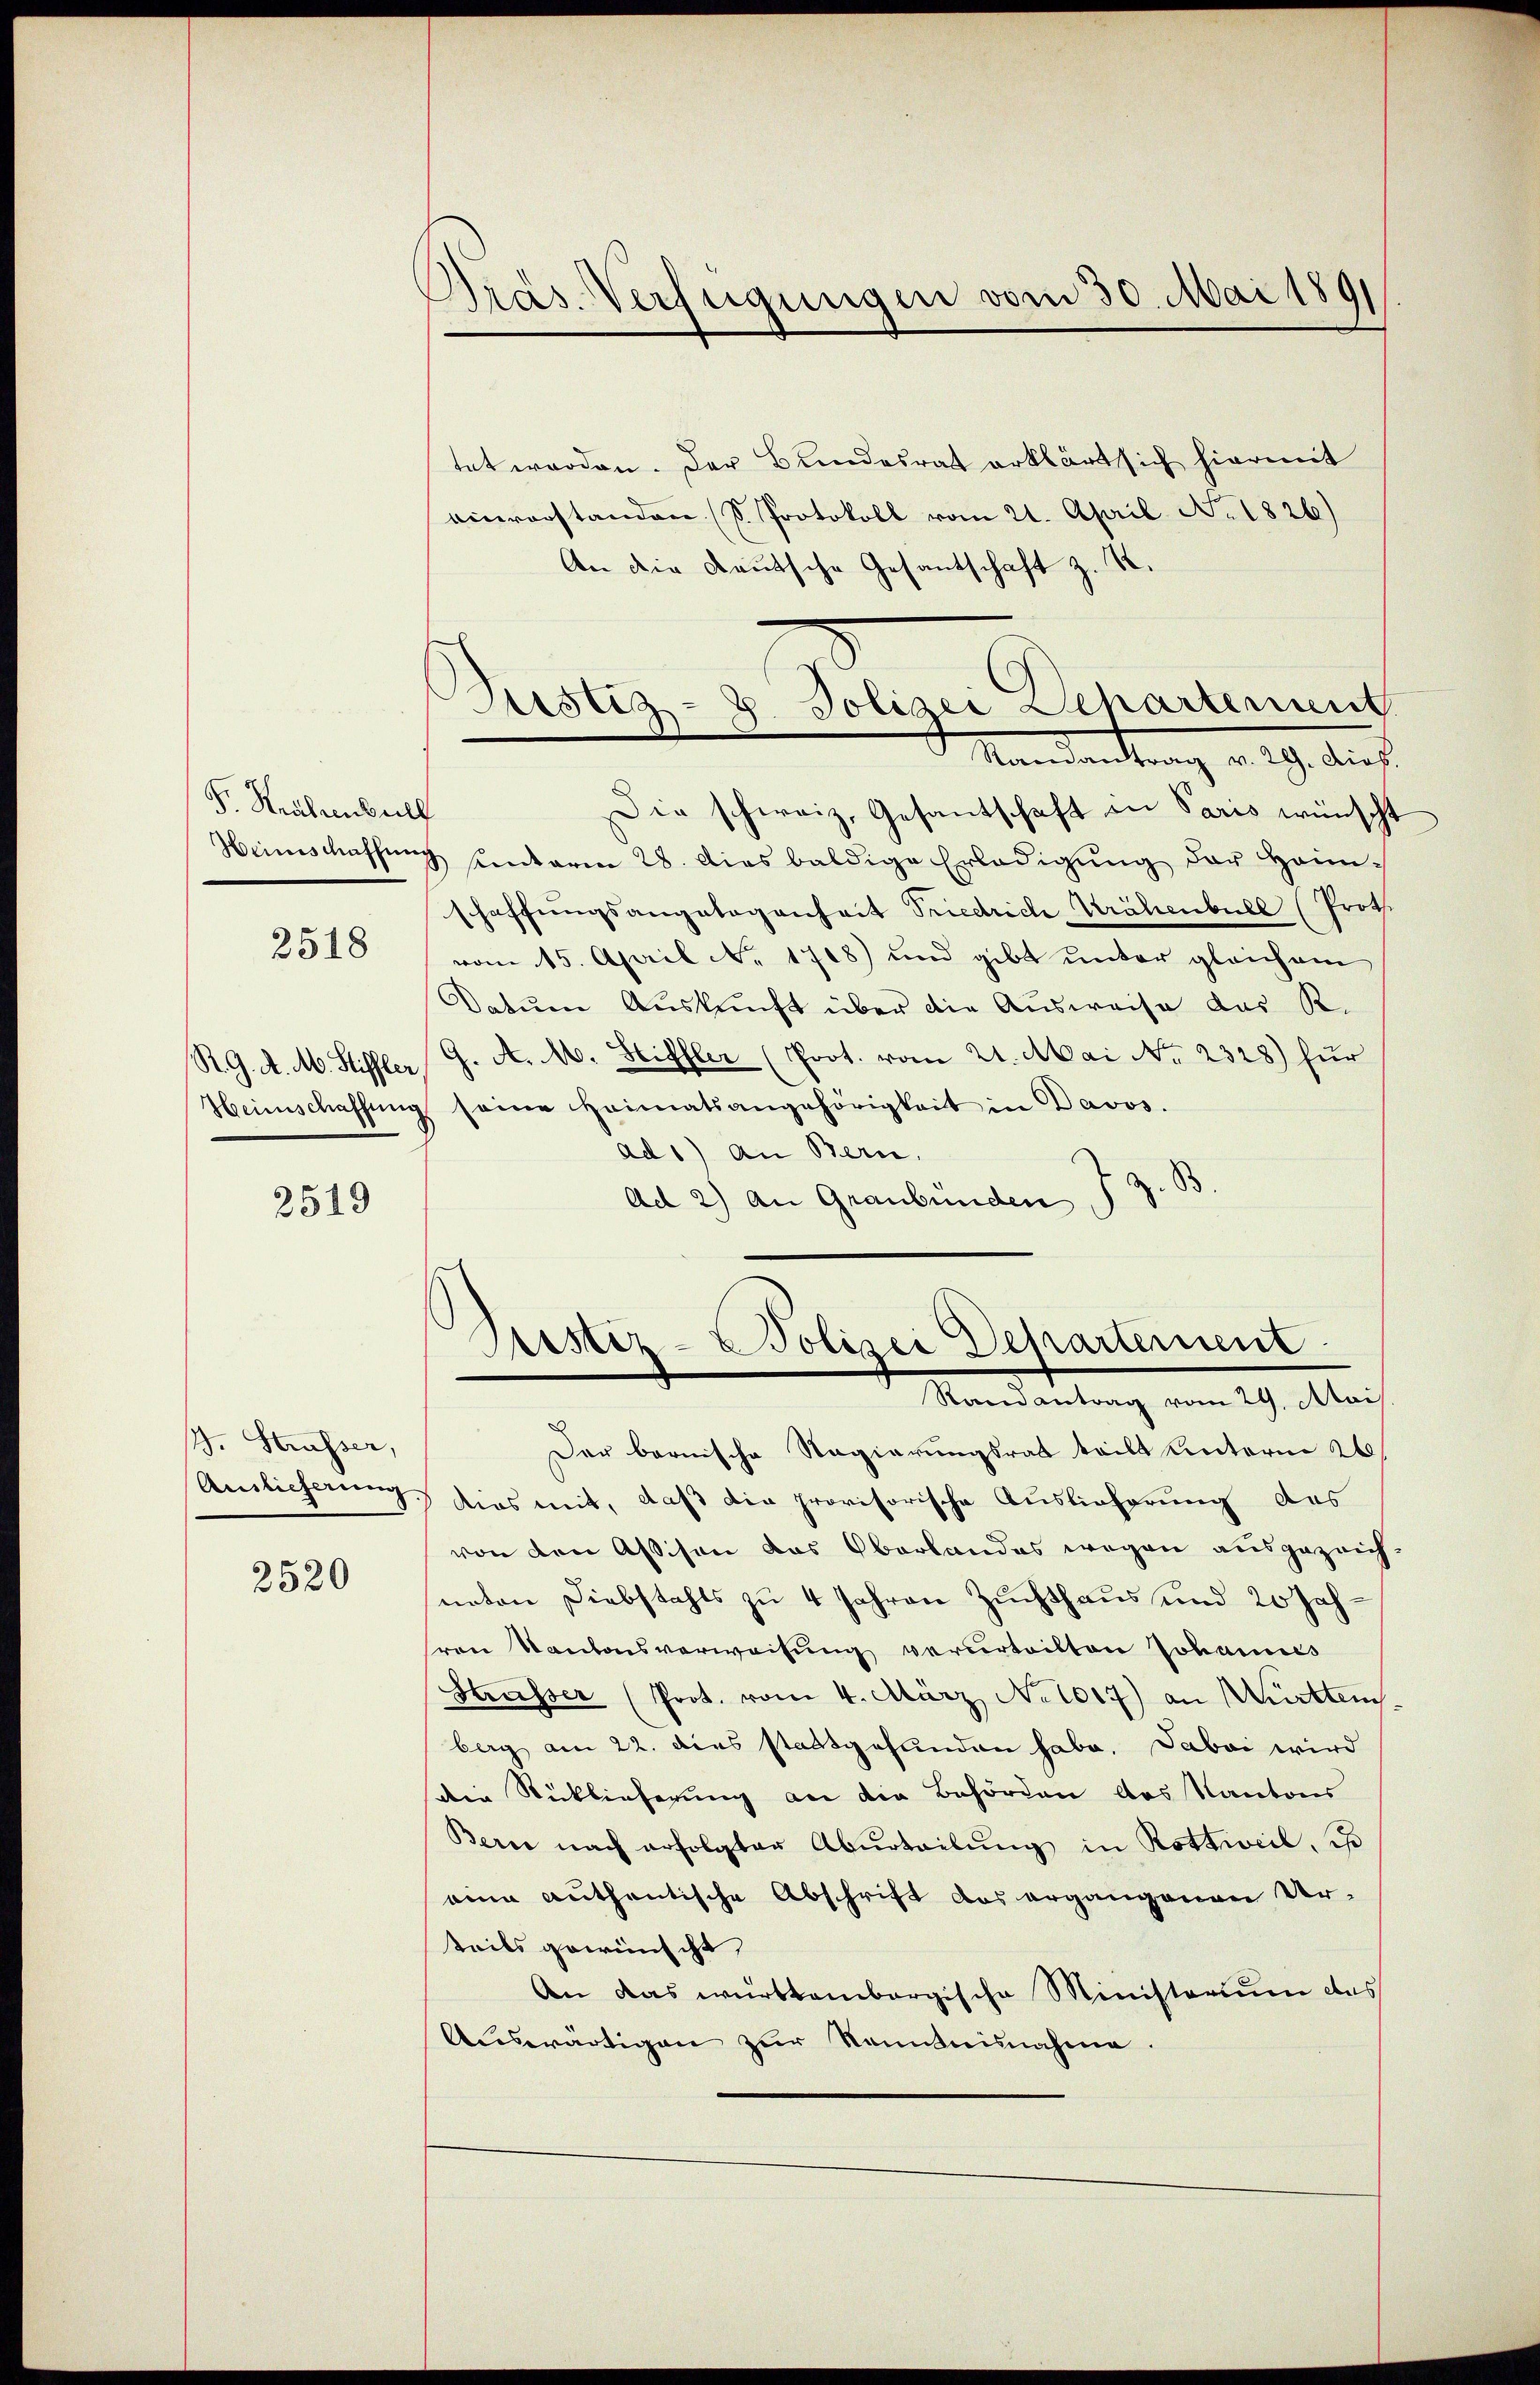
F. Stralienbill
2518

R. G. A. M. Stiffler
Heimschaffung

2519

B. Strasser,
Auslieferung

2520

Pras Verfügungen vom 30. Mai 1891

Justiz- & Polizei Departement
d Mandankung v. 29. dies

tet worden. Der Bundesrat erklärt sich hiermit
einverstanden S. Protokoll vom 21. April No. 1826)
An die Deutsche Gesantschaft z. B.
Die schweiz. Gesantschaft in Paris wünscht
Weinschaffŭng unterm 28. Das baldige Erledigŭng der Heim-
schaffŭngsangelegenheit Friedrich Krähenbull (Proth.
vom 15. April No 1708) und gibt unter gleichem
Datum Auskunft über die Ausweise das R.
G. A. M. Stiffler (Prot. vom 21. Mai No 2328) für
seine Heimatsangehörigkeit in Davos.
ad1) an Bern.
Ad 2) An Graubünden J. J. B
Asstiz- & Polizei Departement
Randantrag vom 29. Mai
Der bernische Regierungsrat teilt unterm 26
dies mit, daß die provisorische Auslieferung des
von den Aßisen das Oberlandes wegen ausgezeichneten Diebstahls zu 4 Jahren Zuchthaus und 20 Jahren Kantonsverweisung verurteilten Johannes
Htrasser (Prot. vom 4. März No 1017) an Württem
berg am 22. dies stattgefunden habe. Dabei wird
die Rücklieferung an die Behörden das Kantons
Bern nach erfolgter Aburteilung in Rottweil, so
eine authentische Abschrift das ergangenen Ur-
teils gewünscht,
An das württembergische Ministerium das
Aŭswärtigen zŭr Kenntnisnahme.